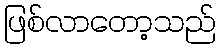
ဖြစ်လာတော့သည်